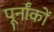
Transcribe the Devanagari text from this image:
पूर्नांकों